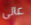
عالى